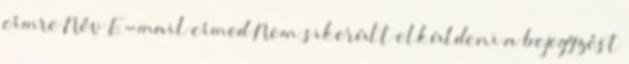
címre Név E-mail címed Nem sikerült elküldeni a bejegyzést